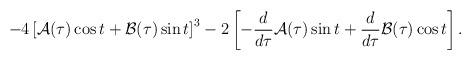
LaTeX: \begin{align*}-4\left[{\cal A}(\tau)\cos t +{\cal B}(\tau)\sin t\right]^3-2\left[-{d\over d\tau}{\cal A}(\tau)\sin t +{d\over d\tau}{\cal B}(\tau)\cos t\right].\end{align*}